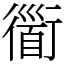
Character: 衟